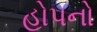
હોપનો